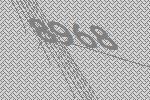
8968